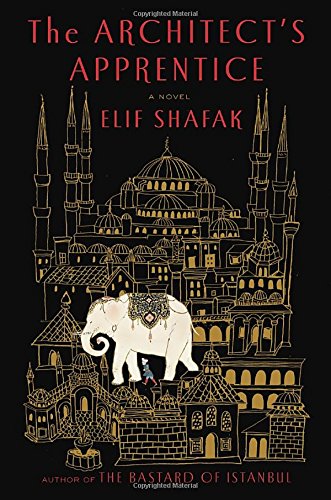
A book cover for The Architect's Apprentice: A Novel; Elif Shafak; Literature & Fiction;